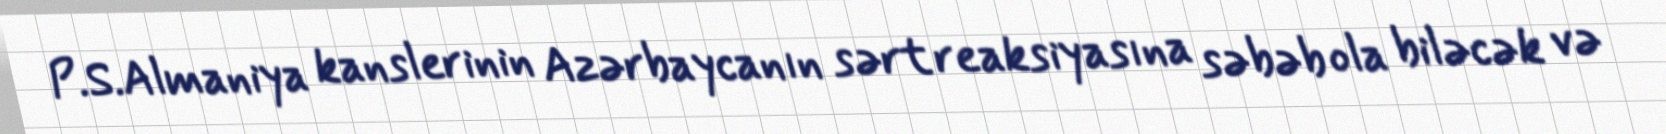
P.S.Almaniya kanslerinin Azərbaycanın sərt reaksiyasına səbəb ola biləcək və